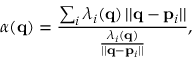
\alpha ( { \bf q } ) = \frac { \sum _ { i } \lambda _ { i } ( { \bf q } ) \, | | { \bf q } - { \bf p } _ { i } | | } { \frac { \lambda _ { i } ( { \bf q } ) } { | | { \bf q } - { \bf p } _ { i } | | } } ,